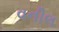
વનીલ